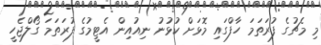
މި މެޗުގެ ފުރަތަމަ ހާފްގައި މޮޅަށް ކުޅުނު ނިއުއިން އެޓީމުގެ ފުރަތަމަ ގޯލްޖެހީ